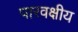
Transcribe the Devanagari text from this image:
पारवक्षीय